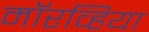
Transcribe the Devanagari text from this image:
मॉरव्हिया